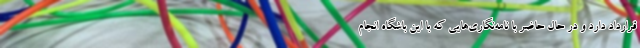
قرارداد دارد و در حال حاضر با نامه‌نگاری‌هایی که با این باشگاه انجام